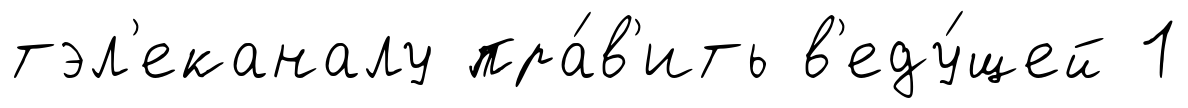
тэл'еканалу пра́в'ить в'еду́щей 1